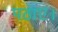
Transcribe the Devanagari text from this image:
पठाए।